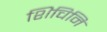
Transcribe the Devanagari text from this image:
शिचिनिं